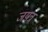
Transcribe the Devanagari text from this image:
जयत्र